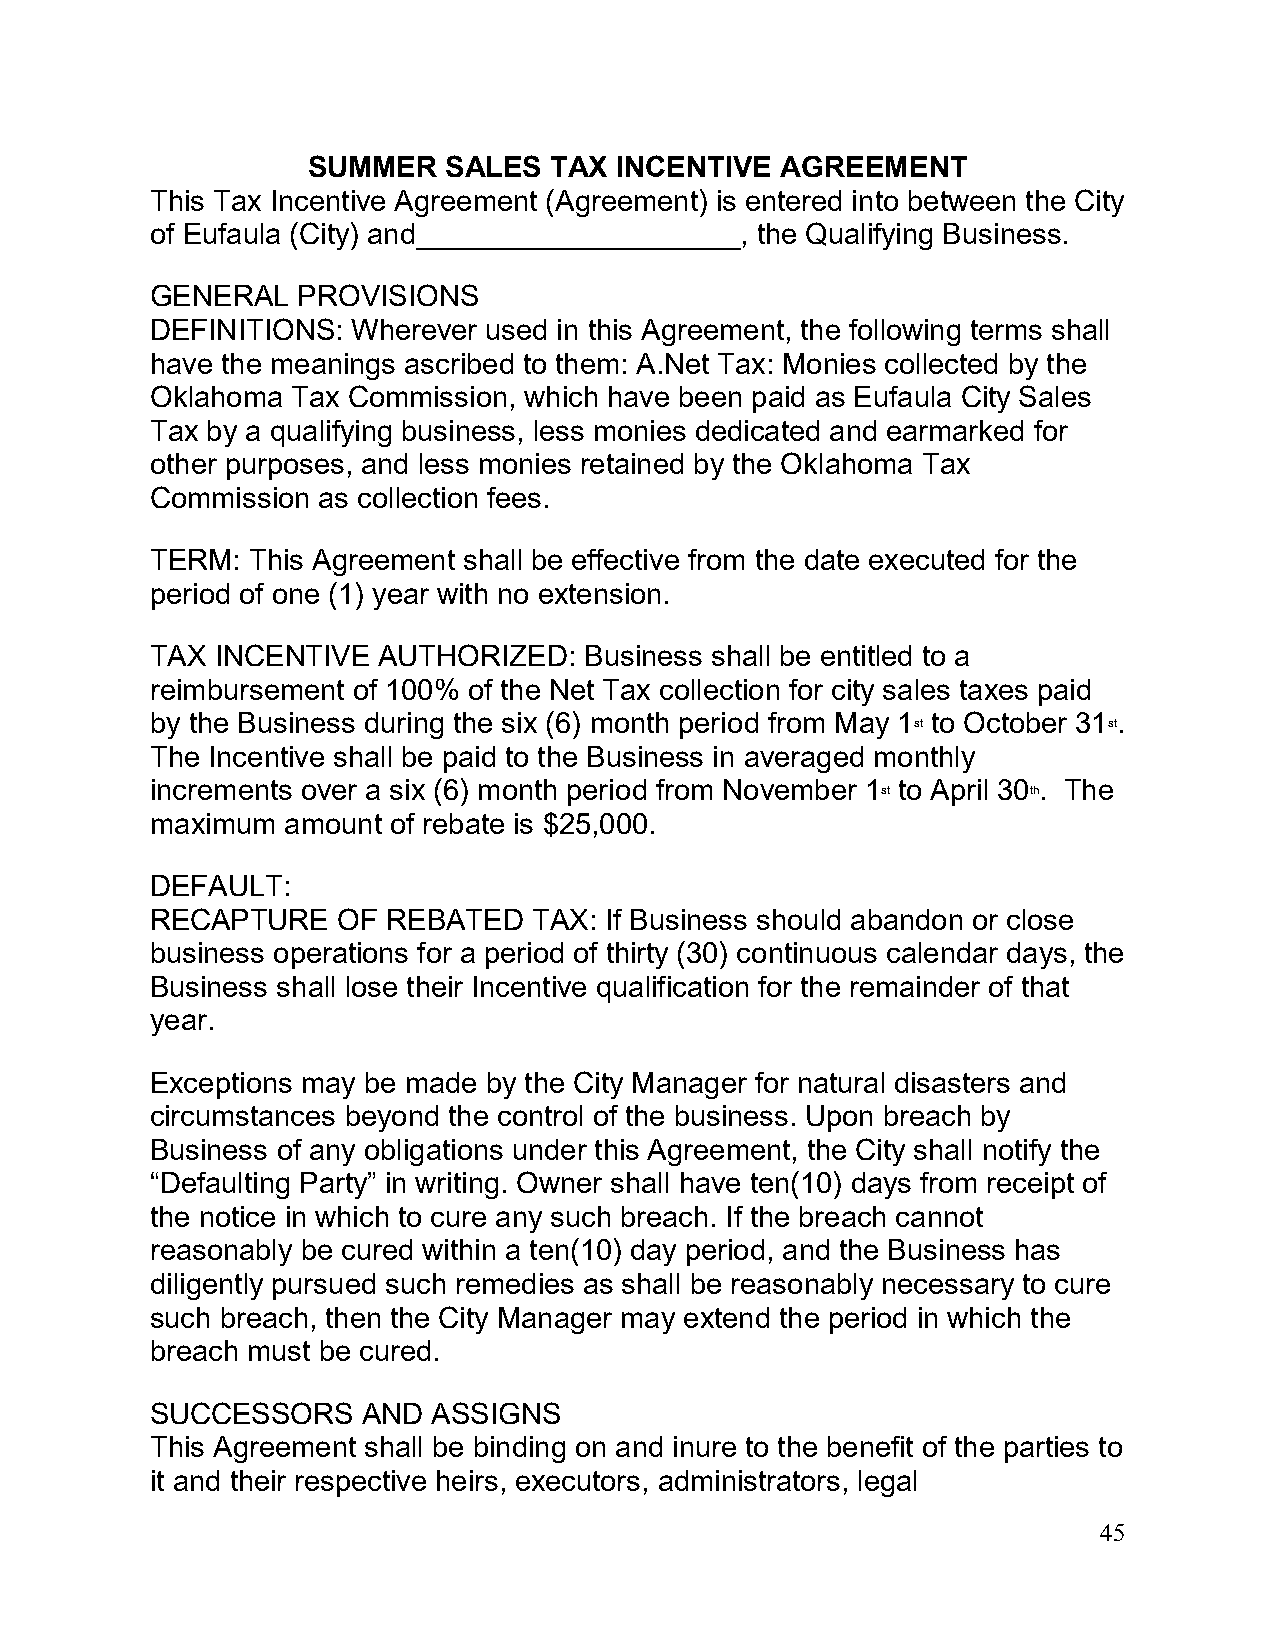
SUMMER    SALES TAX  INCENTIVE  AGREEMENT
 This Tax Incentive Agreement (Agreement) is entered into between the City
 of Eufaula (City) and____________________, the Qualifying Business.
 GENERAL   PROVISIONS
 DEFINITIONS: Wherever used in this Agreement, the following terms shall
 have the meanings ascribed to them: A.Net Tax: Monies collected by the
 Oklahoma Tax Commission, which have been paid as Eufaula City Sales
 Tax by a qualifying business, less monies dedicated and earmarked for
 other purposes, and less monies retained by the Oklahoma Tax
 Commission as collection fees.
 TERM: This Agreement shall be effective from the date executed for the
 period of one (1) year with no extension.
 TAX INCENTIVE  AUTHORIZED:   Business shall be entitled to a
 reimbursement of 100% of the Net Tax collection for city sales taxes paid
 by the Business during the six (6) month period from May 1st to October 31st.
 The Incentive shall be paid to the Business in averaged monthly
 increments over a six (6) month period from November 1st to April 30th. The
 maximum  amount of rebate is $25,000.
 DEFAULT:
 RECAPTURE   OF  REBATED  TAX: If Business should abandon or close
 business operations for a period of thirty (30) continuous calendar days, the
 Business shall lose their Incentive qualification for the remainder of that
 year.
 Exceptions may be made by the City Manager for natural disasters and
 circumstances beyond the control of the business. Upon breach by
 Business of any obligations under this Agreement, the City shall notify the
 “Defaulting Party” in writing. Owner shall have ten(10) days from receipt of
 the notice in which to cure any such breach. If the breach cannot
 reasonably be cured within a ten(10) day period, and the Business has
 diligently pursued such remedies as shall be reasonably necessary to cure
 such breach, then the City Manager may extend the period in which the
 breach must be cured.
 SUCCESSORS    AND  ASSIGNS
 This Agreement shall be binding on and inure to the benefit of the parties to
 it and their respective heirs, executors, administrators, legal
 45